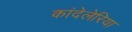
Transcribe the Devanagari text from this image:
कांदेलेरिया